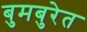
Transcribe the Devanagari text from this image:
बुमबुरेत